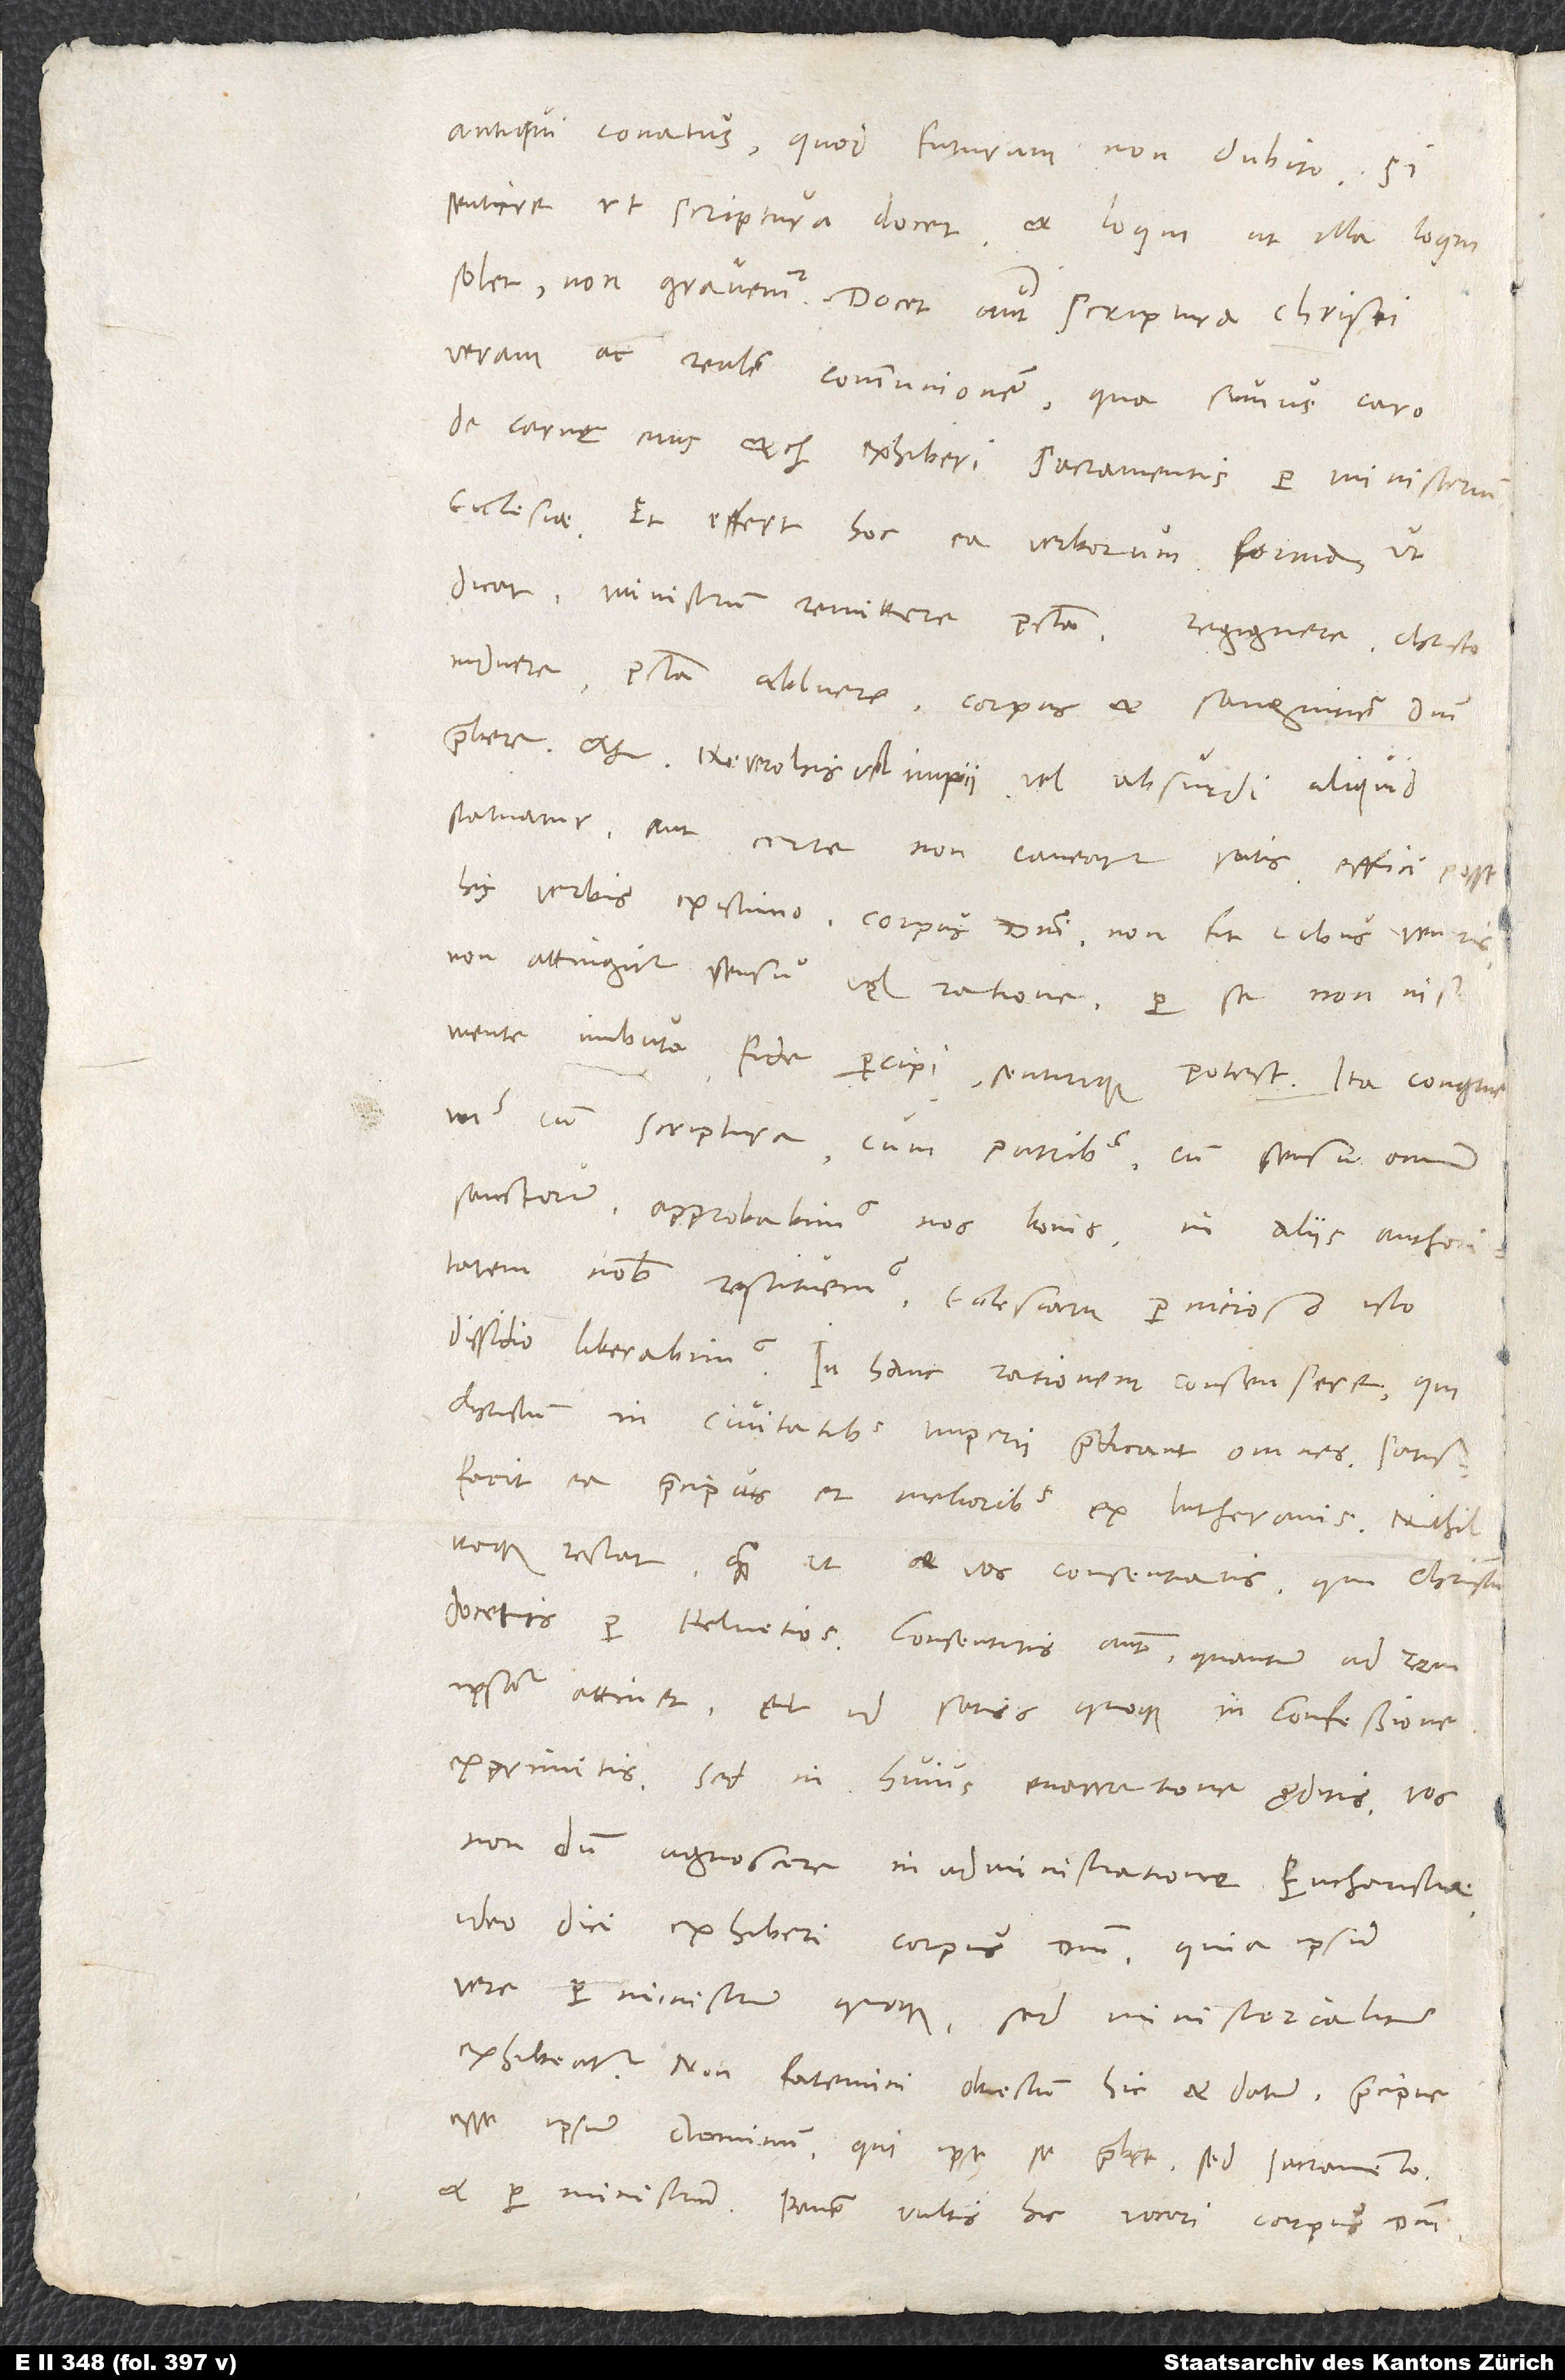
antiqui conatus, quod futurum non dubito, si
sentire, ut scriptura docet, et loqui, ut illa loqui
solet, non gravemur. Docet autem scriptura Christi
veram ac realem communionem, qua sumus caro
de carne eius etc., exhiberi sacramentis per ministerium
ecclesiae. Et effert hoc ea verborum forma, ut
dicat ministrum remittere peccata, regignere, Christo
induere, peccata abluere, corpus et sanguinem domini
Ne vero his vel impii vel absurdi aliquid
statuatur aut certe non caveatur satis, effici posse
his verbis existimo: Corpus domini non fit cibus ventris,
non attingitur sensu vel ratione, per se non nisi
mente imbuta fide percipi sentirique potest. Ita congruimus
cum scriptura, cum patribus, cum sensu omnium
sanctorum, approbabimus nos bonis, in aliis authoritatem
nobis restituemus, ecclesiam pernicioso isto
dissidio liberabimus. In hanc rationem consensere, qui
Christum in civitatibus imperii praedicant omnes, satisfacit
ea praecipuis et melioribus ex Lutheranis. Nihil
itaque restat, quam ut et vos consentiatis, qui Christum
docetis per Helvetios. Consentitis autem, quantum ad rem
ipsam attinet, et id satis quoque in confessione
exprimitis. Sed in huius enarratione proditis vos
nondum agnoscere in administratione eucharistiae
ideo dici exhiberi corpus domini, quia ipsum
vere per ministrum quoque, sed ministerialiter,
exhibeatur. Non fatemini obiectum hic et datum praecipue
esse ipsum dominum, qui ipse se praebet, sed sacramento